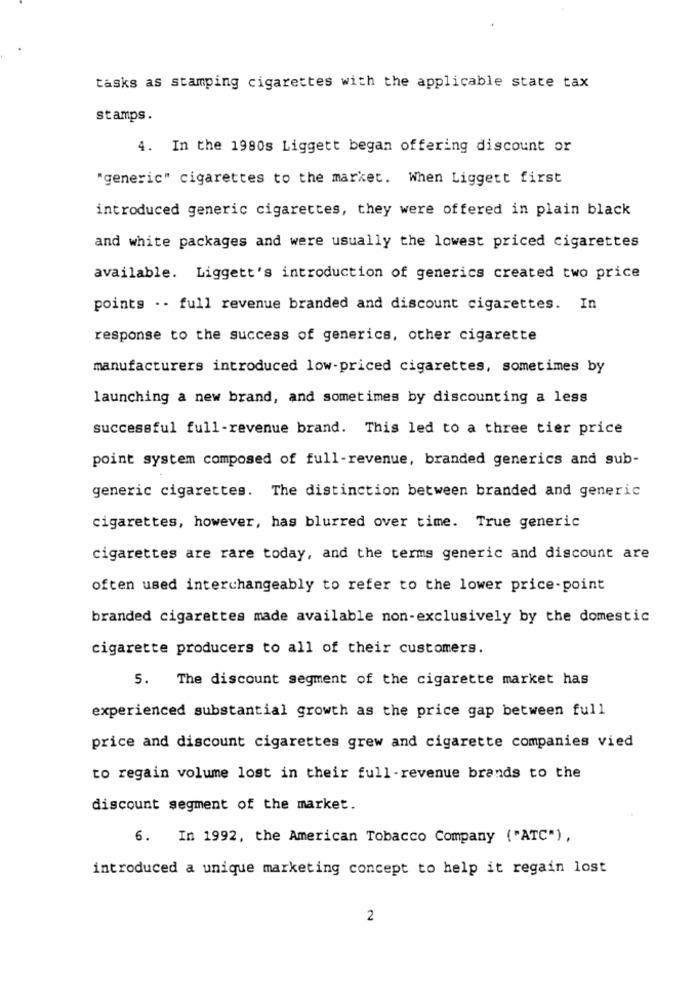
tasks as stamping cigarettes with the applicable state tax
stamps.
4. In the 1980s Liggett began offering discount or
"generic" cigarettes to the market. When Liggett first
introduced generic cigarettes, they were offered in plain black
and white packages and were usually the lowest priced cigarettes
available. Liggett's introduction of generics created two price
points .. full revenue branded and discount cigarettes. In
response to the success of generics, other cigarette
manufacturers introduced low-priced cigarettes, sometimes by
launching a new brand, and sometimes by discounting a less
successful full-revenue brand. This led to a three tier price
point system composed of full-revenue, branded generics and sub-
generic cigarettes. The distinction between branded and generic
cigarettes, however, has blurred over time. True generic
cigarettes are rare today, and the terms generic and discount are
often used interchangeably to refer to the lower price-point
branded cigarettes made available non-exclusively by the domestic
cigarette producers to all of their customers.
5. The discount segment of the cigarette market has
experienced substantial growth as the price gap between full
price and discount cigarettes grew and cigarette companies vied
to regain volume lost in their full-revenue brands to the
discount segment of the market.
6. In 1992, the American Tobacco Company ("ATC"),
introduced a unique marketing concept to help it regain lost
2